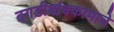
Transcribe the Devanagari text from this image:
दगडीबांधकामाचे